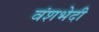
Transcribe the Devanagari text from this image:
वंशभेदी